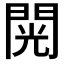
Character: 𮤎